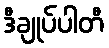
ဒီချုပ်ပါတီ